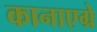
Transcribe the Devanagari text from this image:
कानाएग्रे